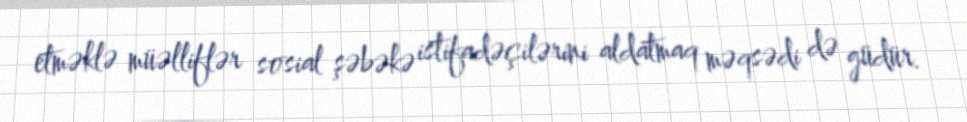
etməklə müəlliflər sosial şəbəkə istifadəçilərini aldatmaq məqsədi də güdür.